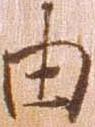
由